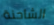
الشاحنة